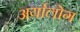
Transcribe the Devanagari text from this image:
अर्यालोग